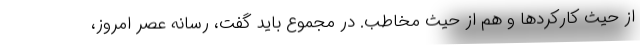
از حیث کارکردها و هم از حیث مخاطب. در مجموع باید گفت، رسانه عصر امروز،